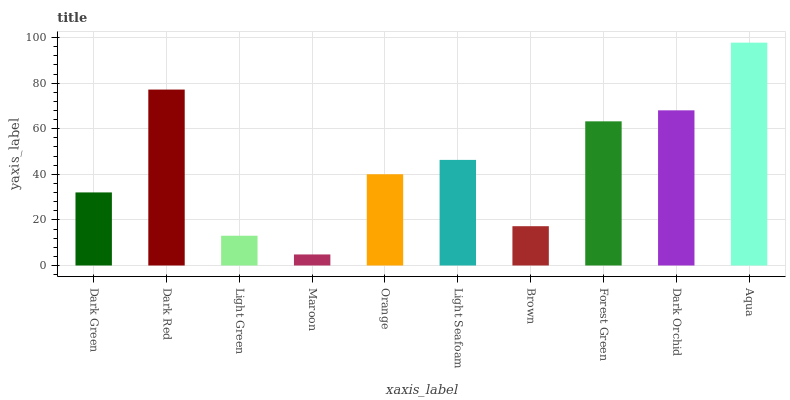
| xaxis_label | bars |
 | --- | --- |
 | Dark Green | 32.1 |
 | Dark Red | 77.2 |
 | Light Green | 13.1 |
 | Maroon | 4.85 |
 | Orange | 40 |
 | Light Seafoam | 46.3 |
 | Brown | 17.2 |
 | Forest Green | 63.3 |
 | Dark Orchid | 68.1 |
 | Aqua | 97.8 |